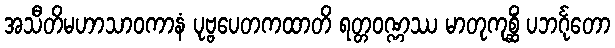
အသီတိမဟာသာဝကာနံ ပုဗ္ဗပေတကထာတိ ရတ္တဝဏ္ဏဿ မာတုကုစ္ဆိံ ပဘင်္ဂုတော